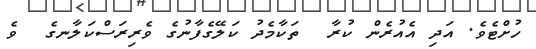
ހުށްޓެވެ. އަދި އެއުރެން ކުރާ  ތަކާމެދު ކަލޭގެފާނުގެ ވެރިރަސްކަލާނގެ  ވެ